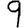
Digit: 9